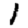
Digit: 1